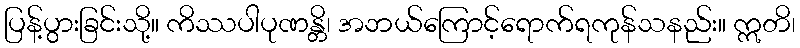
ပြန့်ပွားခြင်းသို့။ ကိဿပါပုဏန္တိ၊ အဘယ်ကြောင့်ရောက်ရကုန်သနည်း။ ဣတိ၊